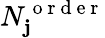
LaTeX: N_{\mathbf{j}}^{\mathrm{{~o~r~d~e~r~}}}